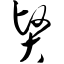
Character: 贤